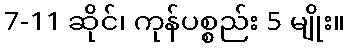
7-11 ဆိုင်၊ ကုန်ပစ္စည်း 5 မျိုး။